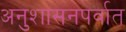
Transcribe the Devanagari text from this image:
अनुशासनपर्वात